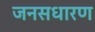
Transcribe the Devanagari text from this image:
जनसधारण